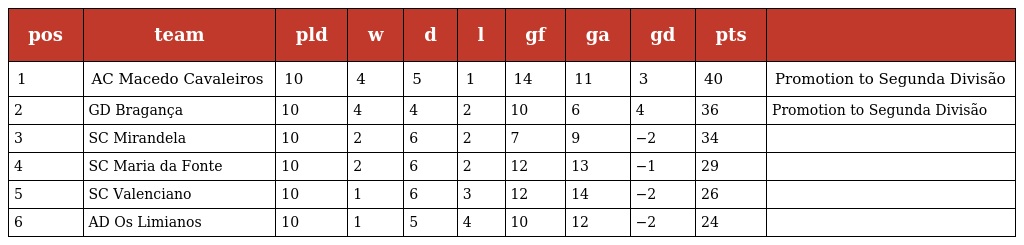
| pos | team | pld | w | d | l | gf | ga | gd | pts |  |
 | --- | --- | --- | --- | --- | --- | --- | --- | --- | --- | --- |
 | 1 | AC Macedo Cavaleiros | 10 | 4 | 5 | 1 | 14 | 11 | 3 | 40 | Promotion to Segunda Divisão |
 | 2 | GD Bragança | 10 | 4 | 4 | 2 | 10 | 6 | 4 | 36 | Promotion to Segunda Divisão |
 | 3 | SC Mirandela | 10 | 2 | 6 | 2 | 7 | 9 | −2 | 34 |  |
 | 4 | SC Maria da Fonte | 10 | 2 | 6 | 2 | 12 | 13 | −1 | 29 |  |
 | 5 | SC Valenciano | 10 | 1 | 6 | 3 | 12 | 14 | −2 | 26 |  |
 | 6 | AD Os Limianos | 10 | 1 | 5 | 4 | 10 | 12 | −2 | 24 |  |